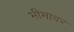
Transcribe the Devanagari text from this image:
भीमावर